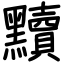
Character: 黷